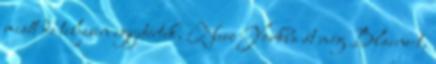
miatt de teljesen egyetértek, New Yorkba át még Blaine-t,